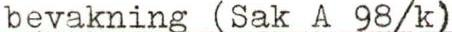
bevakning (Sak A 98/k)